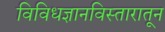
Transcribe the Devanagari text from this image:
विविधज्ञानविस्तारातून